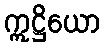
ဣဋ္ဌိယော